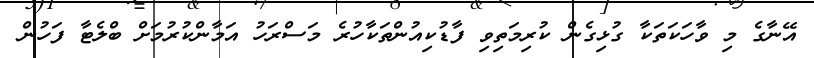
އޭނާގެ މި ވާހަކަތަކާ ގުޅިގެން ކުރިމަތިވި ފާޑުކިއުންތަކާހުރެ މަސްރަހު އަމާންކުރުމަށް ބްލެޓާ ފަހުން